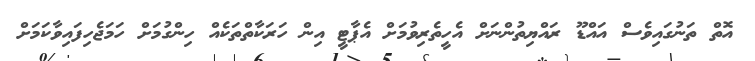
އޮތް ތަނުގައިވެސް އައްޑޫ ރައްޔިތުންނަށް އެހީތެރިވުމަށް އެޕާޓީ އިން ހަރަކާތްތަކެއް ހިންގުމަށް ހަމަޖެހިފައިވާކަމަށް